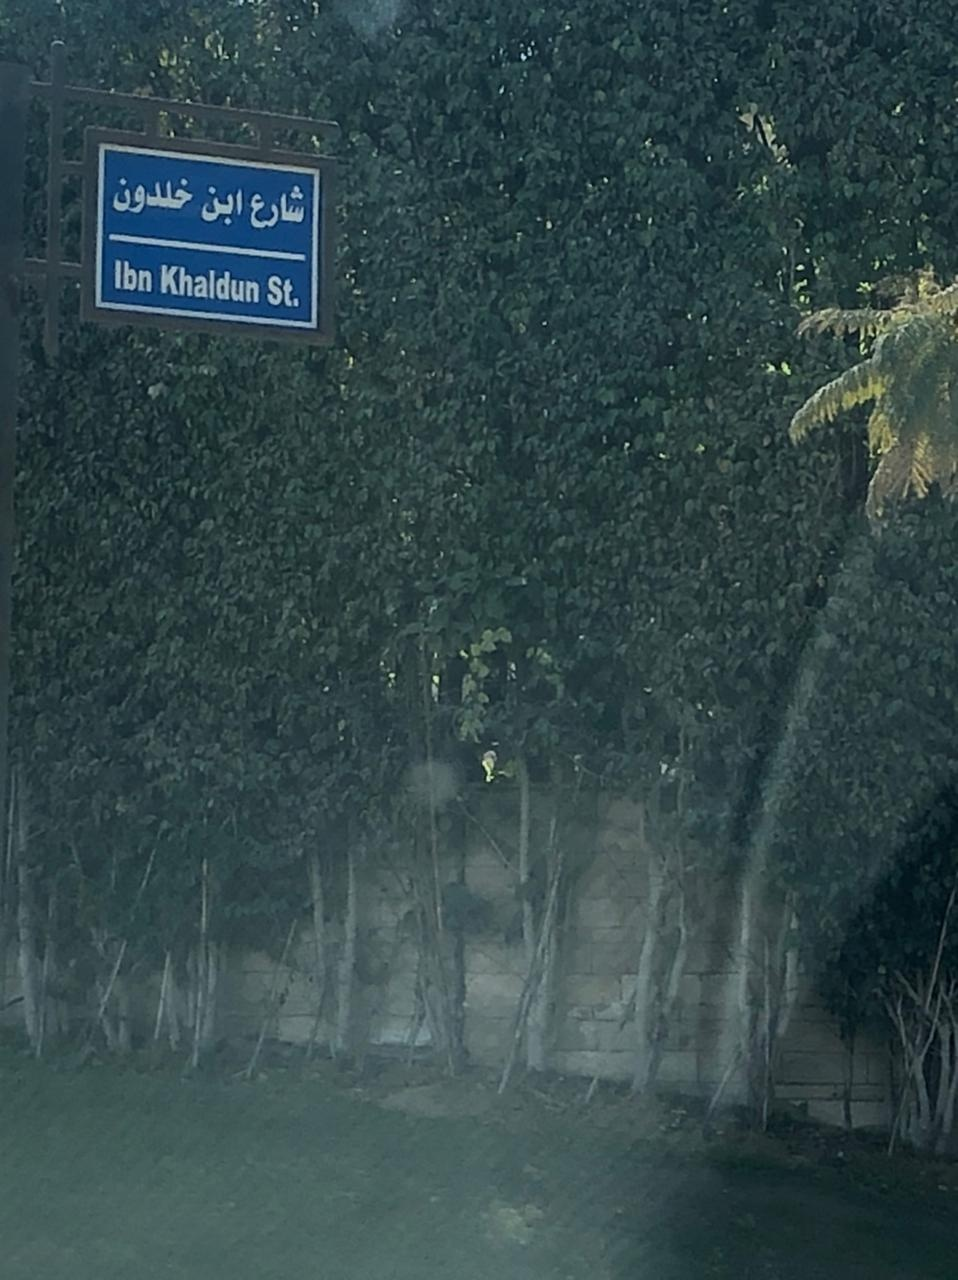
Text in image: خلدون ابن شارع Ibn Khaldun St.